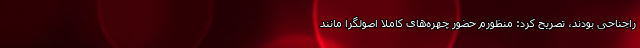
راجناحی بودند، تصریح کرد: منظورم حضور چهره‌های کاملا اصولگرا مانند